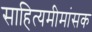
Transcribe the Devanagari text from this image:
साहित्यमीमांसक